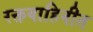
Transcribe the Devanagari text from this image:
रक्तवाहिनीत